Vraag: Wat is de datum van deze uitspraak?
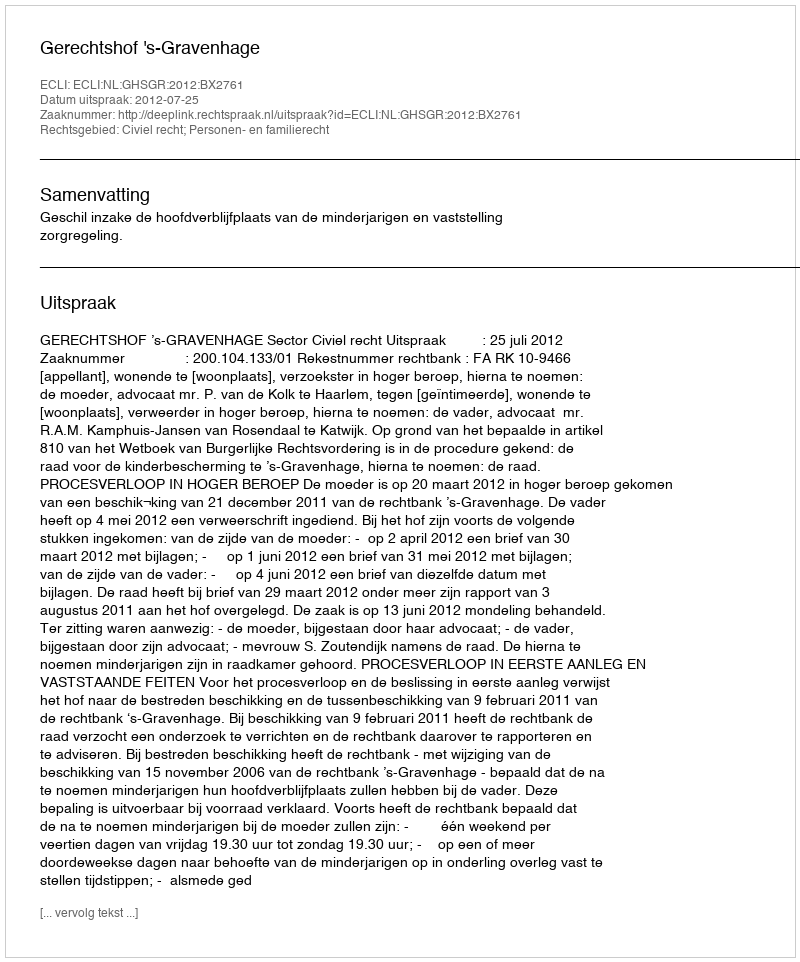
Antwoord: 2012-07-25